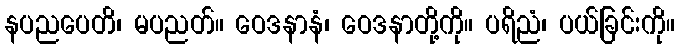
နပညပေတိ၊ မပညတ်။ ဝေဒနာနံ၊ ဝေဒနာတို့ကို။ ပရိညံ၊ ပယ်ခြင်းကို။